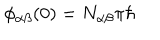
LaTeX: \phi _ { \alpha \beta } ( 0 ) = N _ { \alpha \beta } \pi \hbar